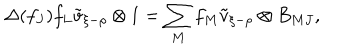
LaTeX: \Delta ( f _ { J } ) f _ { L } \tilde { v } _ { \xi - \rho } \otimes 1 = \sum _ { M } f _ { M } \tilde { v } _ { \xi - \rho } \otimes B _ { M J } ,